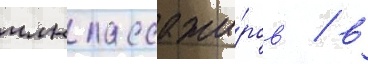
млн пассажи́ров / в